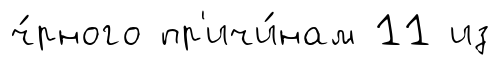
ч́рного пр'ичи́нам 11 из